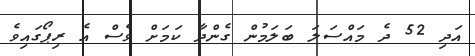
އަދި 52 ދެ މައްސަލަ ބަލަމުން ގެންދާ ކަމަށް ވެސް އެ ރިޕޯގައިވެ